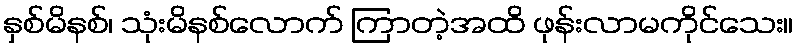
နှစ်မိနစ်၊ သုံးမိနစ်လောက် ကြာတဲ့အထိ ဖုန်းလာမကိုင်သေး။